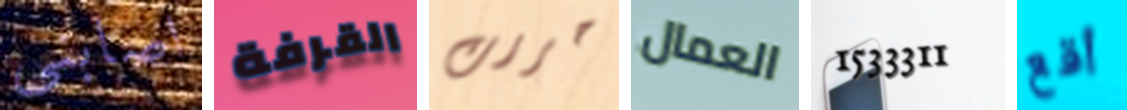
اصابني القرفة حررت العمال 1533311 أقع